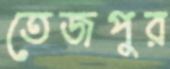
তেজপুর